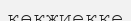
көкжиекке